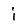
Character: i